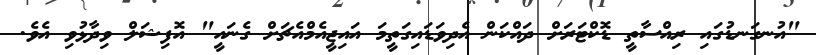
"އުނގަނޑުގައި ރިއްސާތީ ޑޮކްޓަރަށް ދައްކަން އެދިވަޑައިގަތީމަ އައިޖީއެމްއެޗަށް ގެނައީ" އޮފިޝަލް ވިދާޅުވި އެވެ.